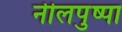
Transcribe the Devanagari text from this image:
नीलपुष्पा